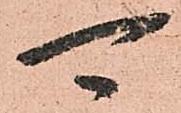
可